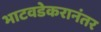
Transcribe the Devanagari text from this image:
भाटवडेकरानंतर